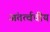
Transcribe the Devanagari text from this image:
अंतर्त्वचीय